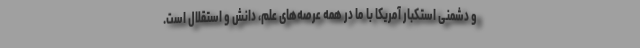
و دشمنی استکبار آمریکا با ما در همه عرصه‌های علم، دانش و استقلال است.